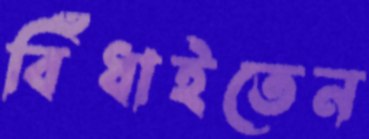
বিঁধাইতেন